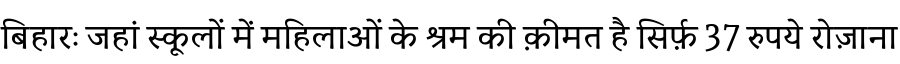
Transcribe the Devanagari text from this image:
बिहारः जहां स्कूलों में महिलाओं के श्रम की क़ीमत है सिर्फ़ 37 रुपये रोज़ाना